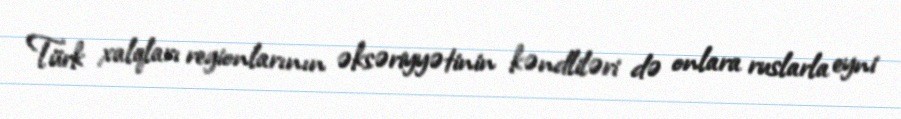
Türk xalqları regionlarının əksəriyyətinin kəndliləri də onlara ruslarla eyni